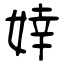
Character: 婞